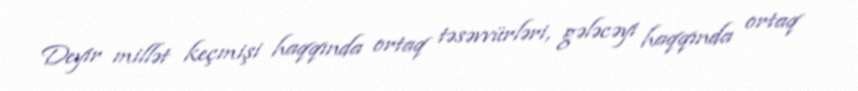
Deyir millət keçmişi haqqında ortaq təsəvvürləri, gələcəyi haqqında ortaq